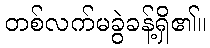
တစ်လက်မခွဲခန့်ရှိ၏။